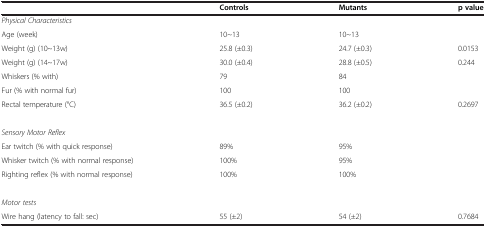
|  | Controls | Mutants | p value |
 | --- | --- | --- | --- |
 | <COLSPAN=4> Physical Characteristics |
 | Age (week) | 10~13 | 10~13 |  |
 | Weight (g) (10~13w) | 25.8 (±0.3) | 24.7 (±0.3) | 0.0153 |
 | Weight (g) (14~17w) | 30.0 (±0.4) | 28.8 (±0.5) | 0.244 |
 | Whiskers (% with) | 79 | 84 |  |
 | Fur (% with normal fur) | 100 | 100 |  |
 | Rectal temperature (°C) | 36.5 (±0.2) | 36.2 (±0.2) | 0.2697 |
 | <COLSPAN=4>  |
 | <COLSPAN=4> Sensory Motor Reflex |
 | Ear twitch (% with quick response) | 89% | 95% |  |
 | Whisker twitch (% with normal response) | 100% | 95% |  |
 | Righting reflex (% with normal response) | 100% | 100% |  |
 | <COLSPAN=4>  |
 | <COLSPAN=4> Motor tests |
 | Wire hang (latency to fall: sec) | 55 (±2) | 54 (±2) | 0.7684 |